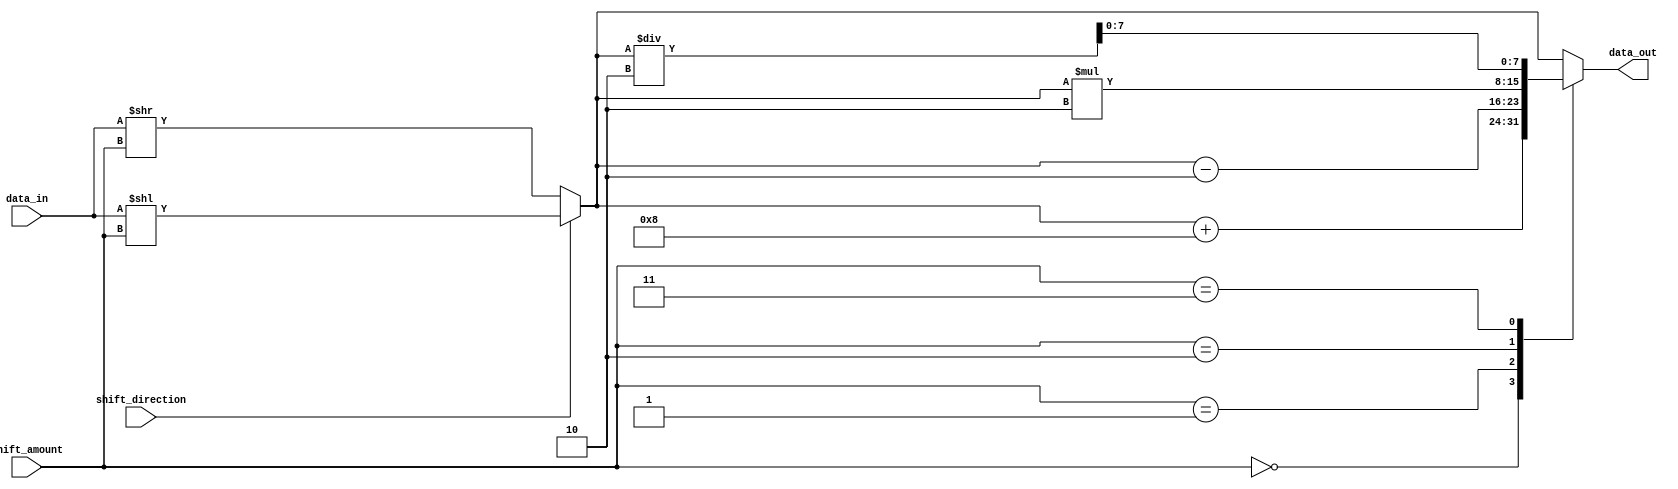
module Hybrid_Barrel_Shifter(
    input [7:0] data_in,
    input [2:0] shift_amount,
    input shift_direction,
    output reg [7:0] data_out
);

reg [7:0] temp_data;
reg [7:0] barrel_shifted_data;
reg [7:0] arithmetic_result;

always @ (data_in or shift_amount or shift_direction) begin
    if (shift_direction == 1'b0) begin // Right shift
        // Implement barrel shifter logic for right shift
        barrel_shifted_data = data_in >> shift_amount;
    end else begin // Left shift
        // Implement barrel shifter logic for left shift
        barrel_shifted_data = data_in << shift_amount;
    end
    
    // Implement arithmetic operations on shifted data
    case(shift_amount)
        3'b000: arithmetic_result = barrel_shifted_data + 8; // Addition
        3'b001: arithmetic_result = barrel_shifted_data - 2; // Subtraction
        3'b010: arithmetic_result = barrel_shifted_data * 2; // Multiplication
        3'b011: arithmetic_result = barrel_shifted_data / 2; // Division
        default: arithmetic_result = barrel_shifted_data;
    endcase
    
    data_out = arithmetic_result;
end

endmodule